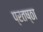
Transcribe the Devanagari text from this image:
प्रतष्ठा